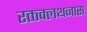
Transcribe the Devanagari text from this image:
रक्तक्लथनास